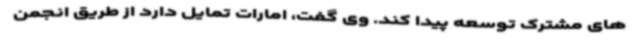
های مشترک توسعه پیدا کند. وی گفت، امارات تمایل دارد از طریق انجمن